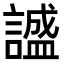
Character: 𬣅